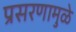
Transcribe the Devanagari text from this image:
प्रसरणामुळे